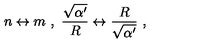
n \leftrightarrow m \ , \ \frac { \sqrt { \alpha ^ { \prime } } } { R } \leftrightarrow \frac { R } { \sqrt { \alpha ^ { \prime } } } \ ,